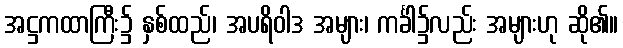
အဋ္ဌကထာကြီး၌ နှစ်ထည်၊ အပရိဝါဒ အများ၊ ကင်္ခါ၌လည်း အများဟု ဆို၏။